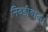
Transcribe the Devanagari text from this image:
निवडीबाबत